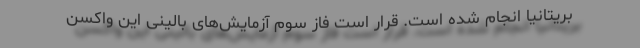
بریتانیا انجام شده است. قرار است فاز سوم آزمایش‌های بالینی این واکسن